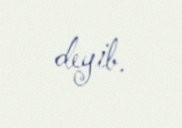
deyib.